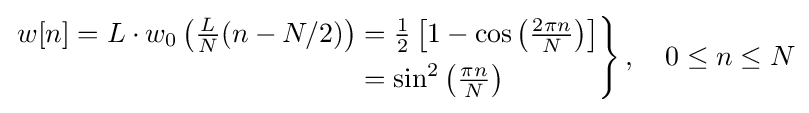
\left.{\begin{aligned}w[n]=L\cdot w_{0}\left({\tfrac {L}{N}}(n-N/2)\right)&={\tfrac {1}{2}}\left[1-\cos \left({\tfrac {2\pi n}{N}}\right)\right]\\&=\sin ^{2}\left({\tfrac {\pi n}{N}}\right)\end{aligned}}\right\},\quad 0\leq n\leq N